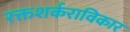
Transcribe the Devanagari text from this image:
रक्तशर्कराविकार